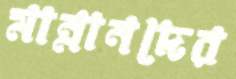
মান্নানদের